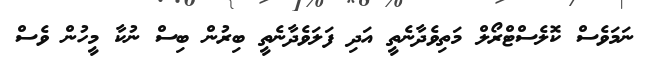
ނަމަވެސް ކޮލެސްޓްރޯލް މަތިވެދާނެތީ އަދި ފަލަވެދާނެތީ ބިރުން ބިސް ނުކާ މީހުން ވެސް